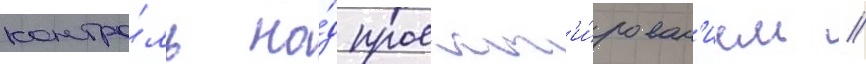
контро́ль на́д проект'и́рован'ием /